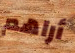
أراهم